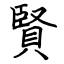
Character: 賢